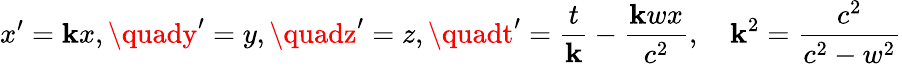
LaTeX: x^{\prime}=\mathbf{k}x,\quady^{\prime}=y,\quadz^{\prime}=z,\quadt^{\prime}={\frac{{t}}{{\mathbf{k}}}}-{\frac{{\mathbf{k}wx}}{{c^{2}}}},\quad\mathbf{k}^{2}={\frac{{c^{2}}}{{c^{2}-w^{2}}}}